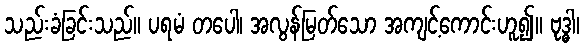
သည်းခံခြင်းသည်။ ပရမံ တပေါ၊ အလွန်မြတ်သော အကျင့်ကောင်းဟူ၍။ ဗုဒ္ဓါ၊